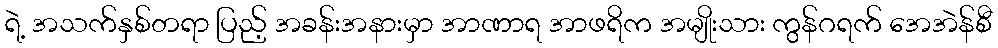
ရဲ့ အသက်နှစ်တရာ ပြည့် အခန်းအနားမှာ အာဏာရ အာဖရိက အမျိုးသား ကွန်ဂရက် အေအဲန်စီ